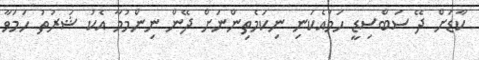
ކާޑަށް ދޭ ސަބްސިޑީ ހަމައެކަނި ނިކަމެތިންނަށް ދޭން ނިންމުމާ އެކު ޝަރުތު ހަމަވާ